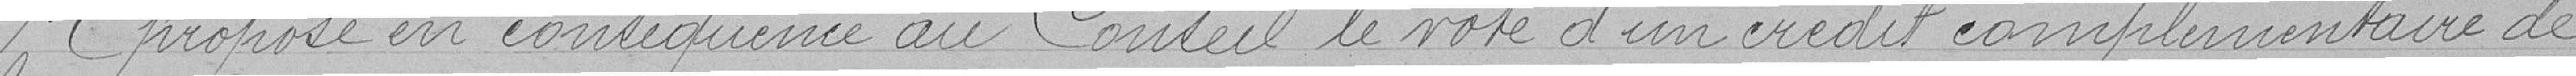
Il propose en conséquence au Conseil le vote d'un crédit complémentaire de